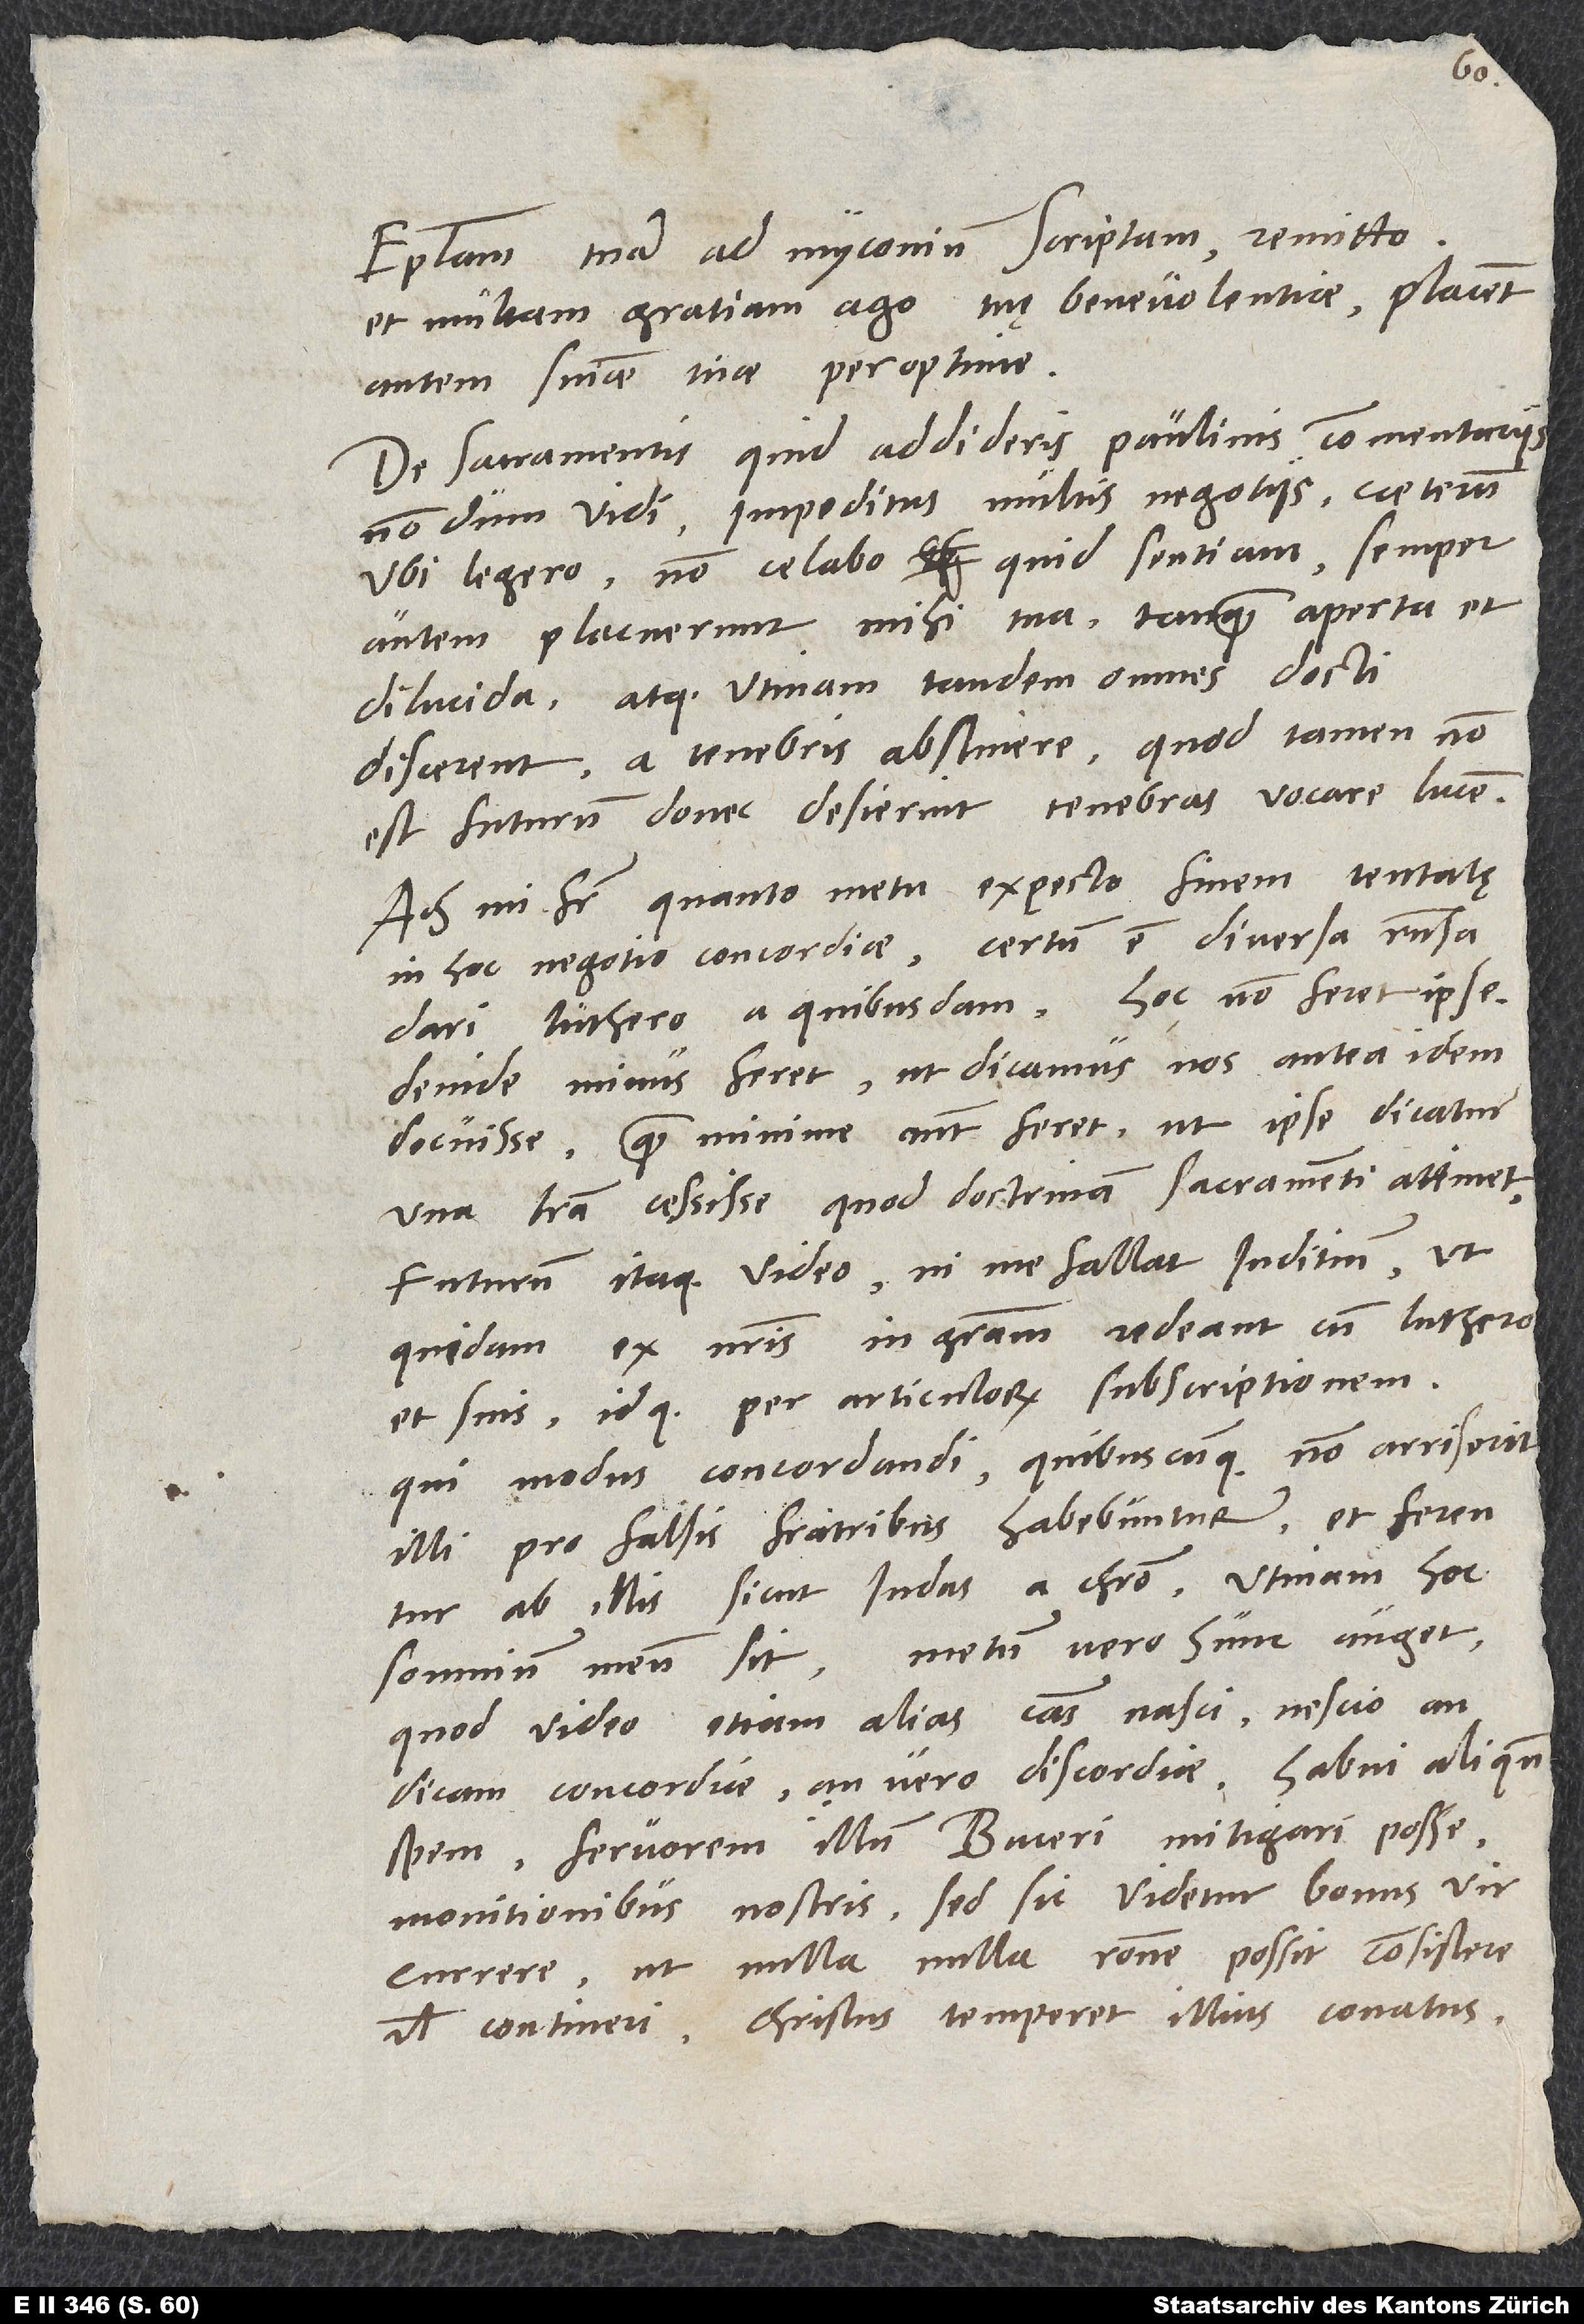
Epistolam tuam ad Myconium scriptam remitto
et multam gratiam ago tuę benevolentiae; placent
autem sententiae tuae peroptime.
De sacramentis quid addideris Paulinis commentariis,
nondum vidi impeditus multis negotiis. Caeterum,
ubi legero, non celabo, quid sentiam. Semper
autem placuerunt mihi tua tanquam aperta et
dilucida. Atque utinam tandem omnes docti
discerent a tenebris abstinere! Quod tamen non
est futurum, donec desierint tenebras vocare lucem.
Ach, mi frater, quanto metu expecto finem tentatę
in hoc negotio concordiae! Certum est diversa responsa
dari Luthero a quibusdam. Hoc non feret ipse.
Deinde minus feret, ut dicamus nos antea idem
docuisse. Quam minime autem feret, ut ipse dicatur
una litera cessisse, quod doctrinam sacramenti attinet.
Futurum itaque video, ni me fallat iuditium, ut
quidam ex nostris in gratiam redeant cum Luthero
et suis idque per articulorum subscriptionem.
Qui modus concordandi quibuscunque non arrisent,
illi pro falsis fratribus habebuntur, et ferentur
ab illis sicut Iudas a Christo. Utinam hoc
somnium meum sit! Metum vero hunc auget,
quod video etiam alias causas nasci, nescio an
dicam concordiae an vero discordiae. Habui aliquando
spem fervorem illum Buceri mitigari posse
monitionibus nostris; sed sic videtur bonus vir
currere, ut nulla, nulla ratione possit consistere
vel contineri. Christus temperet illius conatus!